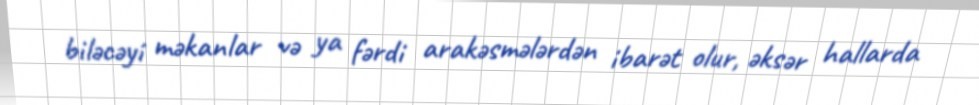
biləcəyi məkanlar və ya fərdi arakəsmələrdən ibarət olur, əksər hallarda